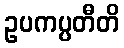
ဥပကပ္ပတီတိ